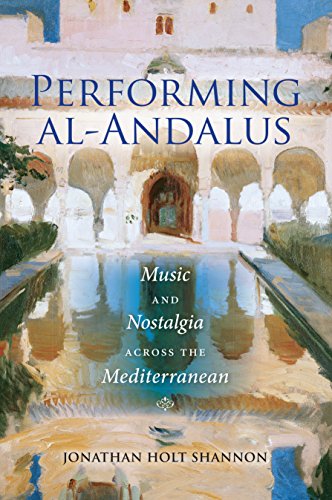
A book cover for Performing al-Andalus: Music and Nostalgia across the Mediterranean (Public Cultures of the Middle East and North Africa); Jonathan Holt Shannon; History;